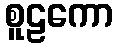
စူဠကော